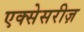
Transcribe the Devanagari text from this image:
एक्सेसरीज़